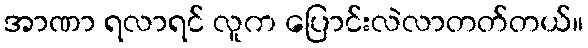
အာဏာ ရလာရင် လူက ပြောင်းလဲလာတတ်တယ်။